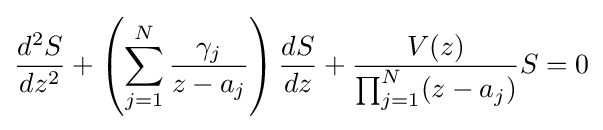
{\frac {d^{2}S}{dz^{2}}}+\left(\sum _{j=1}^{N}{\frac {\gamma _{j}}{z-a_{j}}}\right){\frac {dS}{dz}}+{\frac {V(z)}{\prod _{j=1}^{N}(z-a_{j})}}S=0